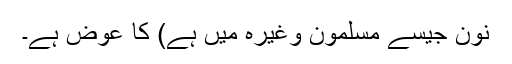
نون جیسے مسلمون وغیرہ میں ہے) کا عوض ہے۔